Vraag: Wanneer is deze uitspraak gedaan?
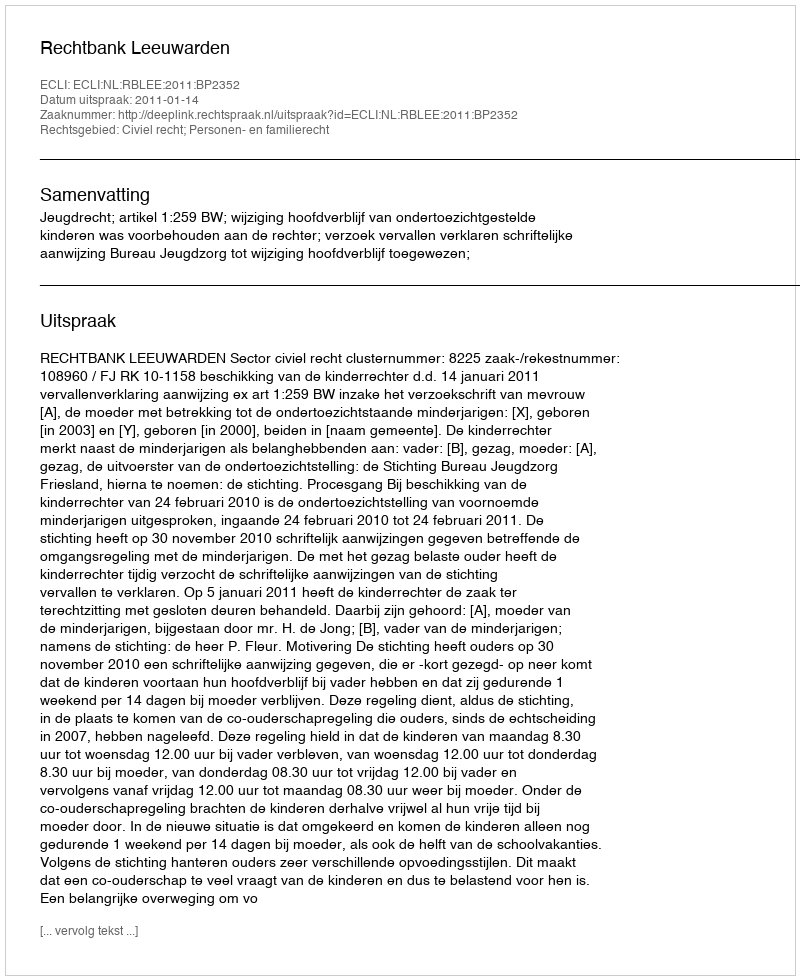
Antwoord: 2011-01-14